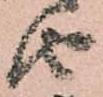
由